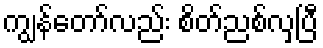
ကျွန်တော်လည်း စိတ်ညစ်လှပြီ